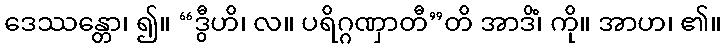
ဒေဿန္တော၊ ၍။ “ဒွီဟိ၊ လ။ ပရိဂ္ဂဏှာတီ”တိ အာဒိံ၊ ကို။ အာဟ၊ ၏။